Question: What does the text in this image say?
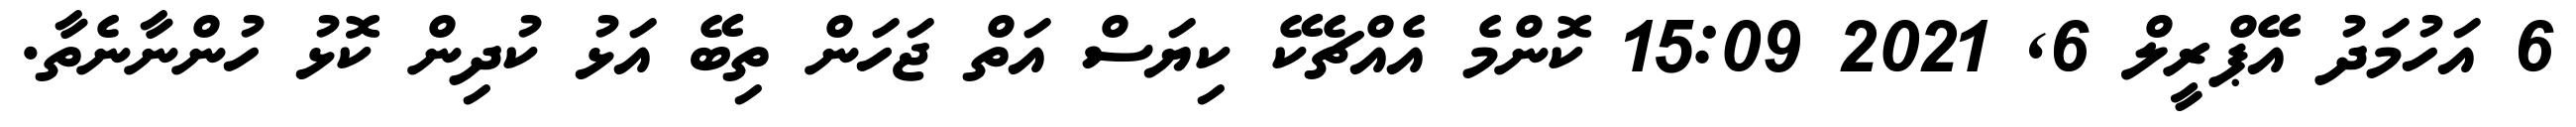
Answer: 6 އަހުމަދު އޭޕްރީލް 6, 2021 15:09 ކޮންމެ އެއްޗެކޭ ކިޔަސް އަތް ޖަހަން ތިބޭ އަޅު ކުދިން ކޮޅު ހުންނާނެތާ.